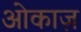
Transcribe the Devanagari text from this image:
ओकाज़